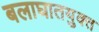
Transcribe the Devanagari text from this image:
बलाघातयुक्त